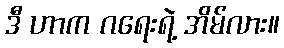
ဒီ ဟာက ဂရေးရဲ့ အိမ်လား။